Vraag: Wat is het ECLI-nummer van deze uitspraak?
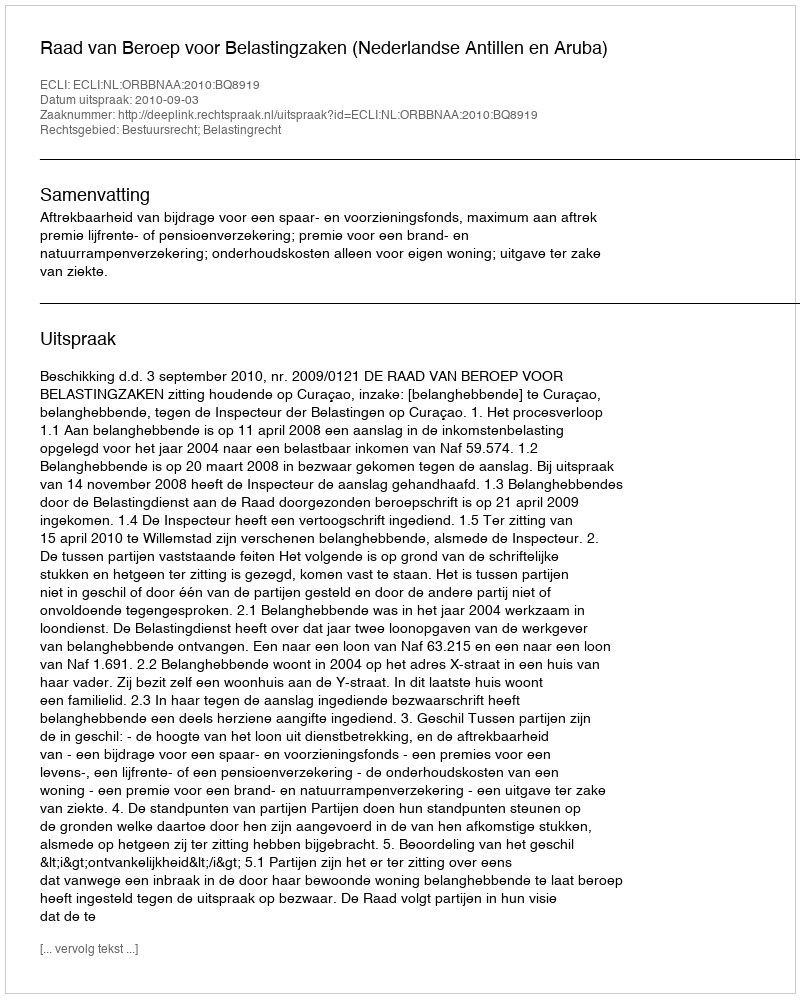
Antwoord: ECLI:NL:ORBBNAA:2010:BQ8919